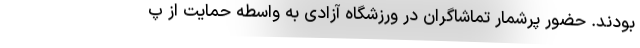
بودند. حضور پرشمار تماشاگران در ورزشگاه آزادی به واسطه حمایت از پ